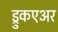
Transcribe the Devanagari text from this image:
ड्रुकएअर